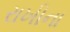
રાખીના